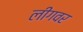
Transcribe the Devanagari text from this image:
लीगवर